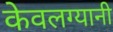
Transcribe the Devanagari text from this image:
केवलग्यानी